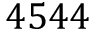
4 5 4 4